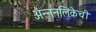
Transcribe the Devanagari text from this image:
अन्ननलिकेची